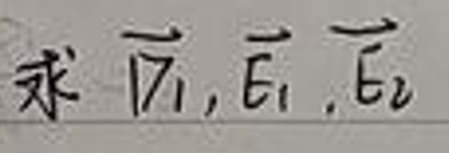
求 $\overrightarrow{n}_{1},\overrightarrow{E}_{1},\overrightarrow{E}_{2}$